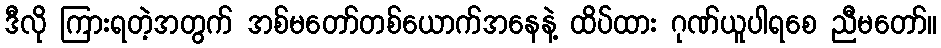
ဒီလို ကြားရတဲ့အတွက် အစ်မတော်တစ်ယောက်အနေနဲ့ ထိပ်ထား ဂုဏ်ယူပါရစေ ညီမတော်။